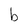
Character: b